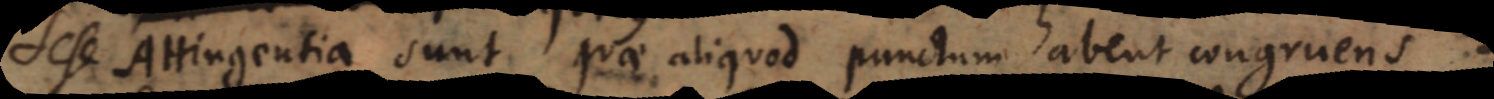
Sese Attingentia sunt quae aliquod punctum habent congruens.